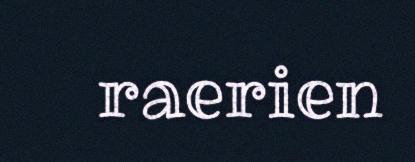
raerien